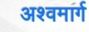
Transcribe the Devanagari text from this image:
अश्वमार्ग